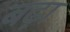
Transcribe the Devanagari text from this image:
बढ़़ा